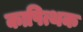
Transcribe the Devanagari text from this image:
कापित्थक